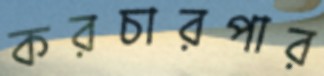
করচারপার